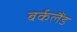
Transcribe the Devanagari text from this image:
बर्कलैंड